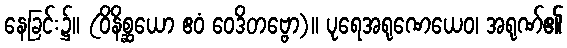
နေခြင်း၌။ (ဝိနိစ္ဆယော ဧဝံ ဝေဒိတဗ္ဗော)။ ပုရေအရုဏေယေဝ၊ အရုဏ်၏